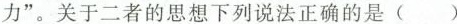
力”。关于二者的思想下列说法正确的是( )